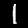
Digit: 1